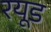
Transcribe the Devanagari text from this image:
रयूड